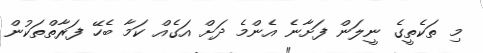
މި ތަކެތީގެ ނީލަން ފަށާނެ އެންމެ ދަށް އަގެއް ކަމާ ބެހޭ ފަރާތްތަކުން